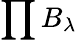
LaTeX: \prod B_{\lambda}